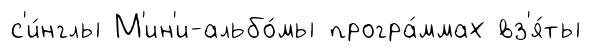
с'и́нглы М'ин'и-альбо́мы програ́ммах вз'я́ты